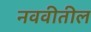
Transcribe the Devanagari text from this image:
नववीतील